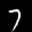
Label: 7